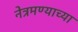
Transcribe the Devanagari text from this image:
नेत्रमण्याच्या